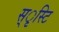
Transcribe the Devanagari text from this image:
स्ृस्टि